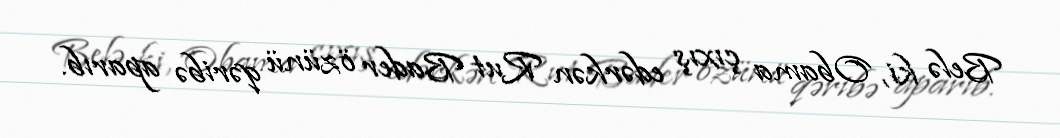
Belə ki, Obama çıxış edərkən Rut Bader özünü qəribə aparıb.